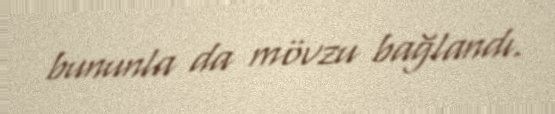
bununla da mövzu bağlandı.